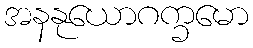
အနနုယောဂက္ခမော